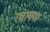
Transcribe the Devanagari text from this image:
रचागया